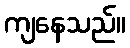
ကျနေသည်။